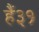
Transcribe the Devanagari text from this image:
हैं३१